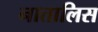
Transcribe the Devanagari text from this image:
नातालिस